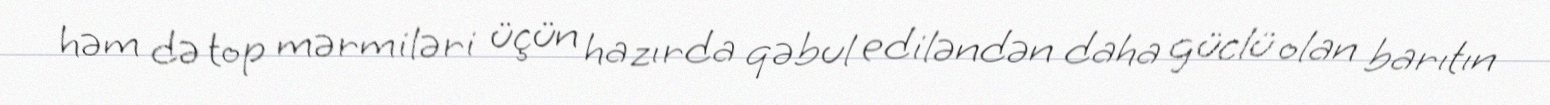
həm də top mərmiləri üçün hazırda qəbul ediləndən daha güclü olan barıtın